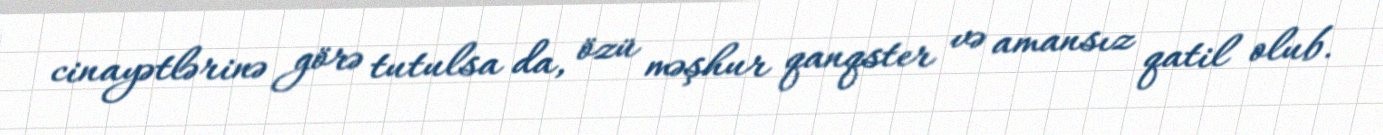
cinayətlərinə görə tutulsa da, özü məşhur qanqster və amansız qatil olub.